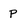
Character: P